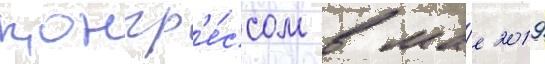
конгр'е́ссом в ма́е 2019